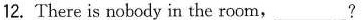
12. There is nobody in the room,___?